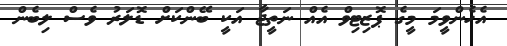
އެހެންވީމަ މީގެ ޕޮޒިޓިވް އެއް ނަތީޖާ އަކީ ބޭންކަށް ޑޮލަރު ވެސް ލިބެން